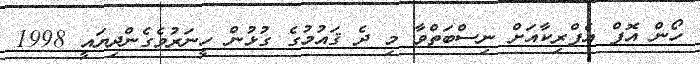
ހޯން އޮފް އެފްރިކާއަށް ނިސްބަތްވާ މި ދެ ޤައުމުގެ ގުޅުން ހީނަރުވެގެންދިޔައީ 1998